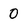
Character: 0